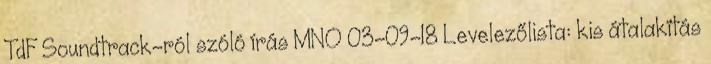
TdF Soundtrack-ról szóló írás MNO 03-09-18 Levelezőlista: kis átalakítás